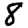
Digit: 8